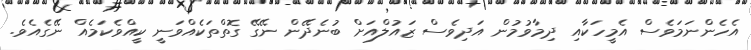
އެހެންނަމަވެސް އެމީހަކާއި ދިމާވުމުން އަދިވެސް ޒައުލްއަށް ބުނެދޭން ނޭގޭ ގޮތްތަކެއްވަނީ ކީއްވެކަމެއް ނޭގެއެވެ.